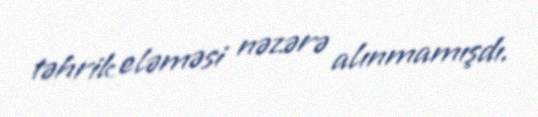
təhrik eləməsi nəzərə alınmamışdı.